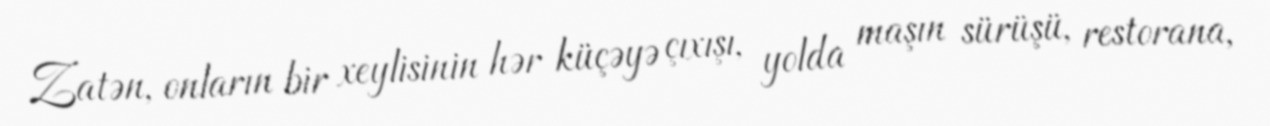
Zatən, onların bir xeylisinin hər küçəyə çıxışı, yolda maşın sürüşü, restorana,